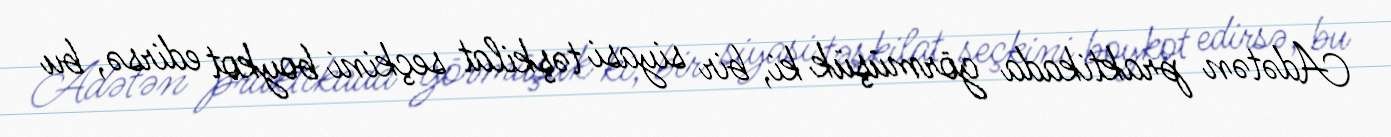
Adətən praktikada görmüşük ki, bir siyasi təşkilat seçkini boykot edirsə, bu